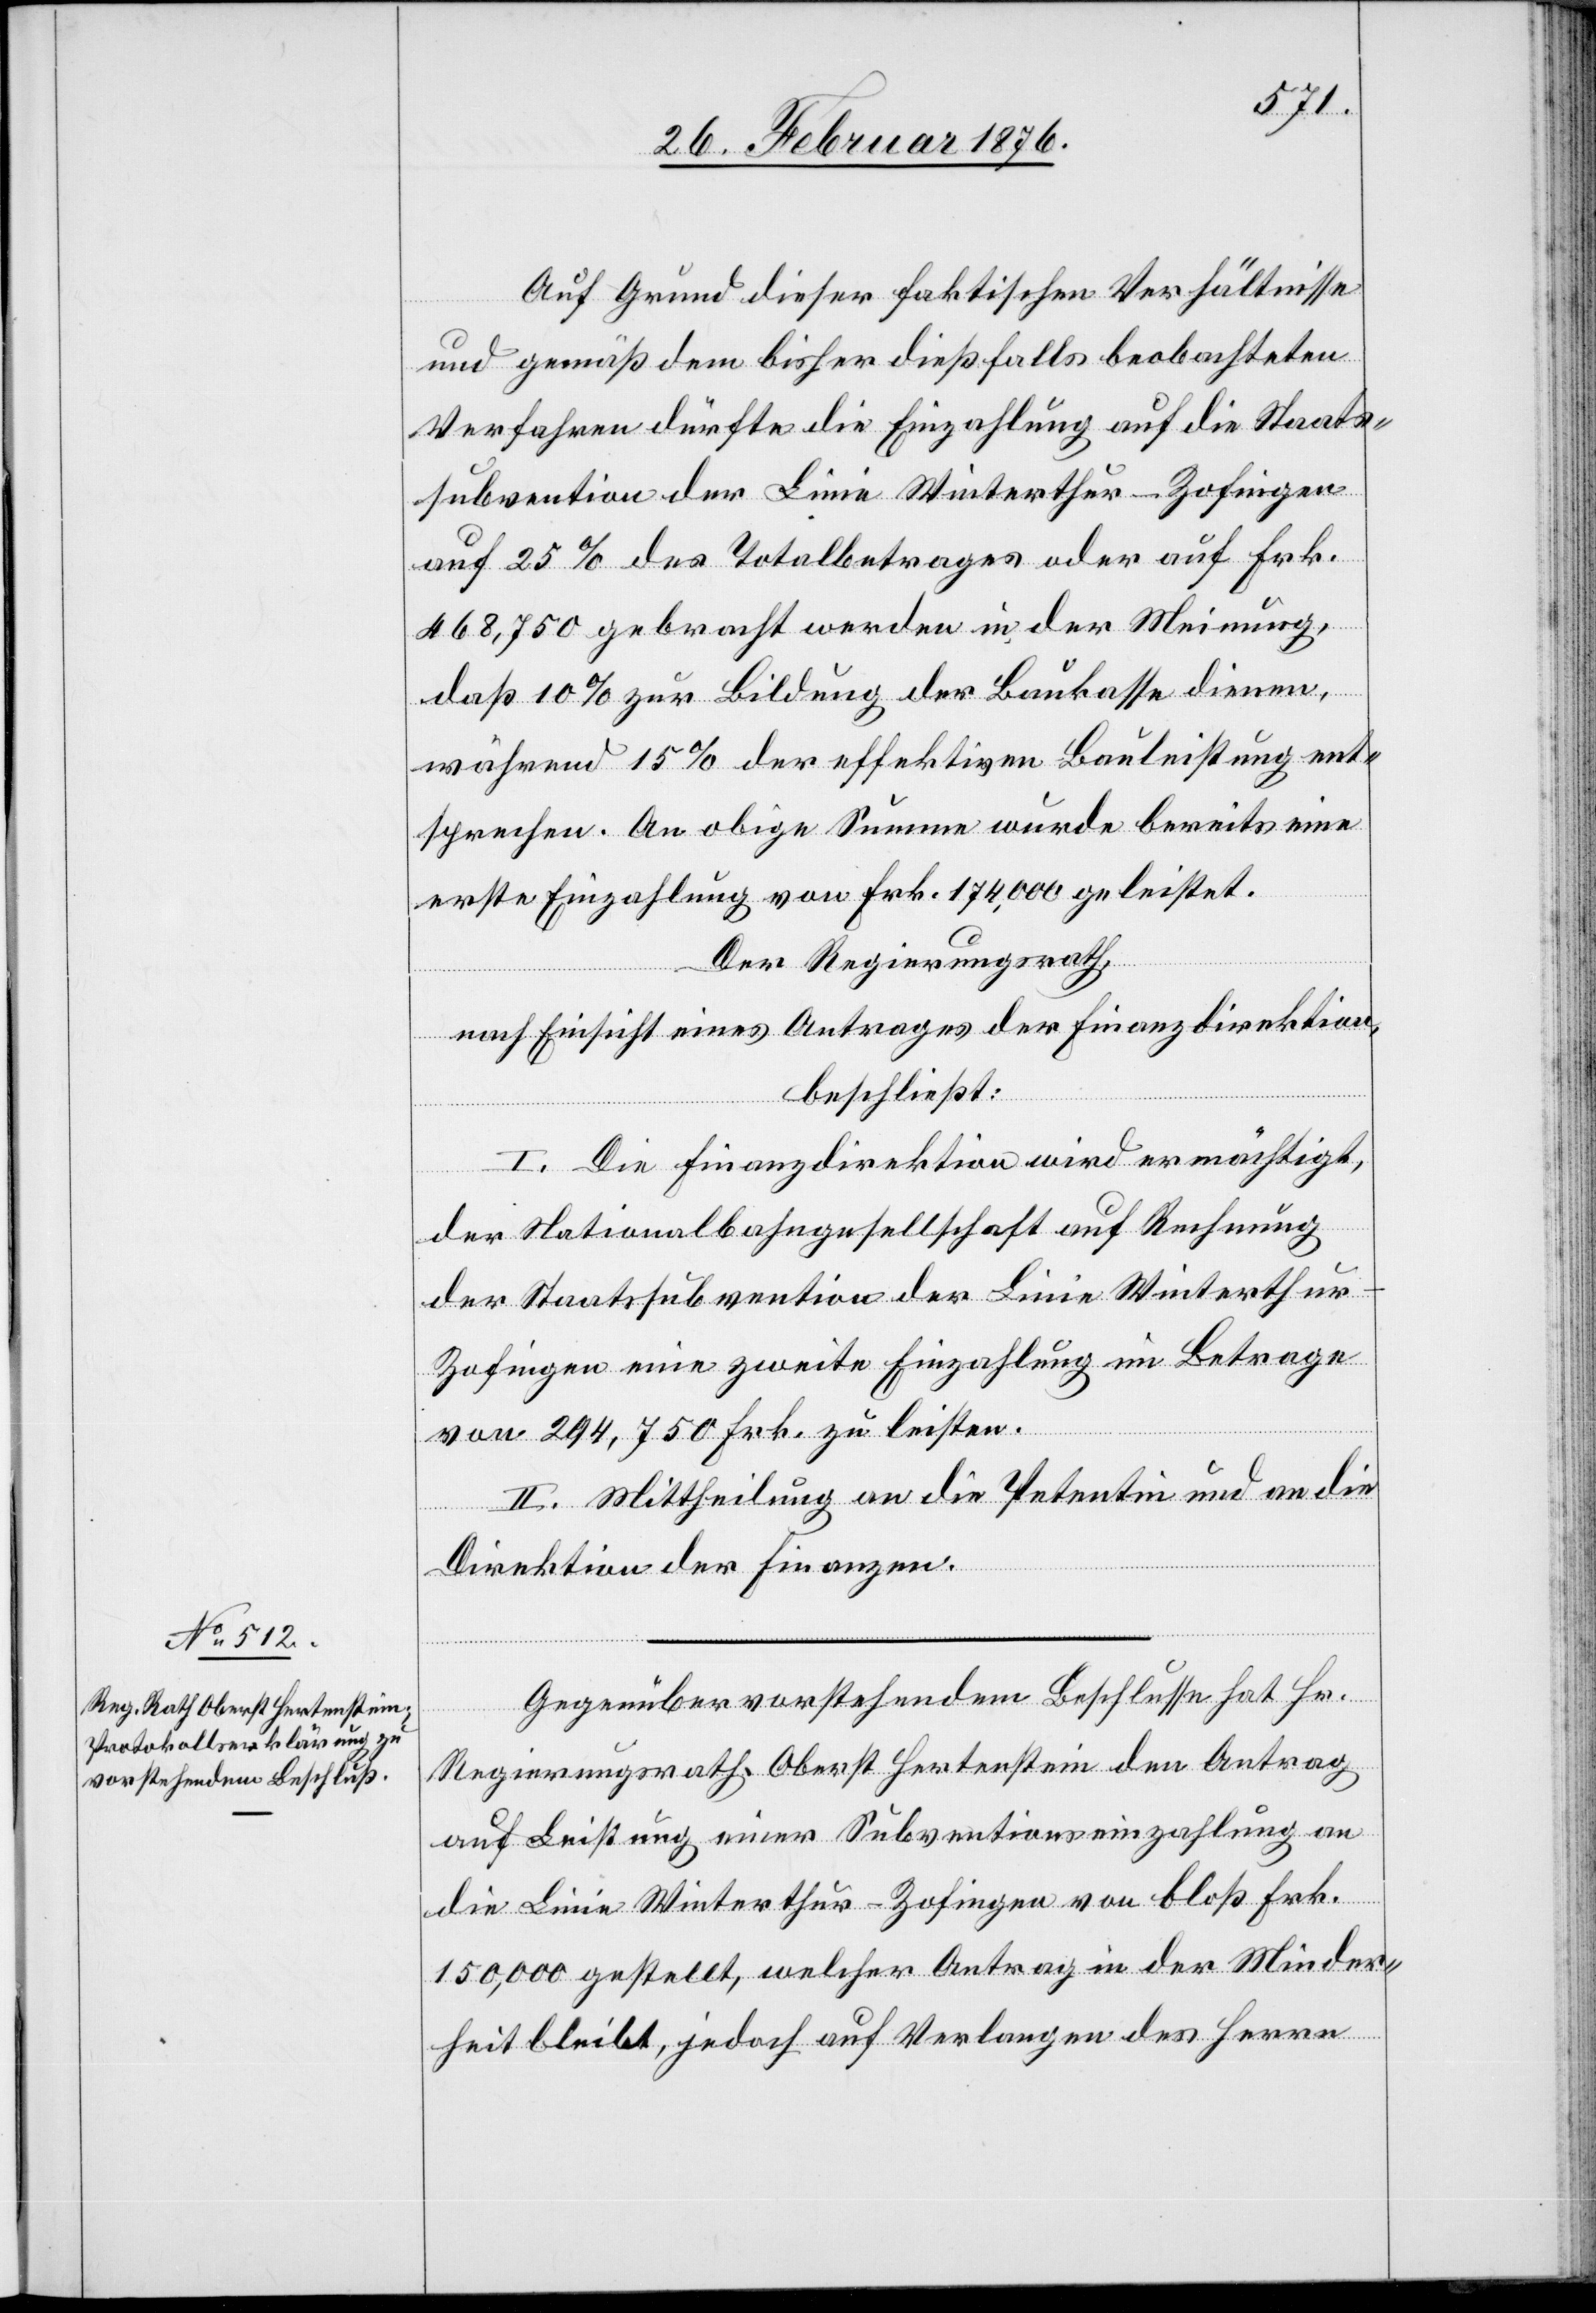
Auf Grund dieser faktischen Verhältnisse
und gemäß dem bisher dießfalls beobachteten
Verfahren dürfte die Einzahlung auf die Staats¬
subvention der Linie Winterthur–Zofingen
auf 25 % des Totalbetrages oder auf Frk.
468,750 gebracht werden in der Meinung,
daß 10% zur Bildung der Baukasse dienen,
während 15 % der effektiven Bauleistung ent¬
sprechen. An obige Summe wurde bereits eine
erste Einzahlung von Frk. 174,00 geleistet.
Der Regierungsrath,
nach Einsicht eines Antrages der Finanzdirektion,
beschließt:
I. Die Finanzdirektion wird ermächtigt,
der Nationalbahngesellschaft auf Rechnung
der Staatsubvention der Linie Winterthu¬
r–Zofingen eine zweite Einzahlung im Betrage
von 294,750 Frk. zu leisten.
II. Mittheilung an die Petentin und an die
Direktion der Finanzen.
Gegenüber vorstehendem Beschlusse hat Hr.
Regierungsrath Oberst Hertenstein den Antrag
auf Leistung einer Subventionseinzahlung an
die Linie Winterthur–Zofingen von bloß Frk.
150,00 gestellt, welcher Antrag in der Minder¬
heit bleibt, jedoch auf Verlangen des Herrn